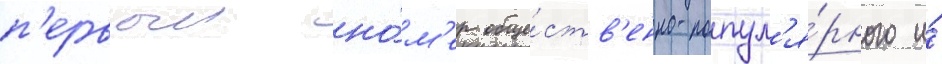
п'ервыи но́м'ер обще́ств'енно-попул'я́рного и́